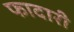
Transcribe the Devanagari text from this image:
फादारी